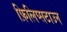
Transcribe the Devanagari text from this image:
फ़िलिप्सटाउन